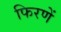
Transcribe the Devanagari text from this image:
फिरणें